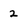
Character: 2